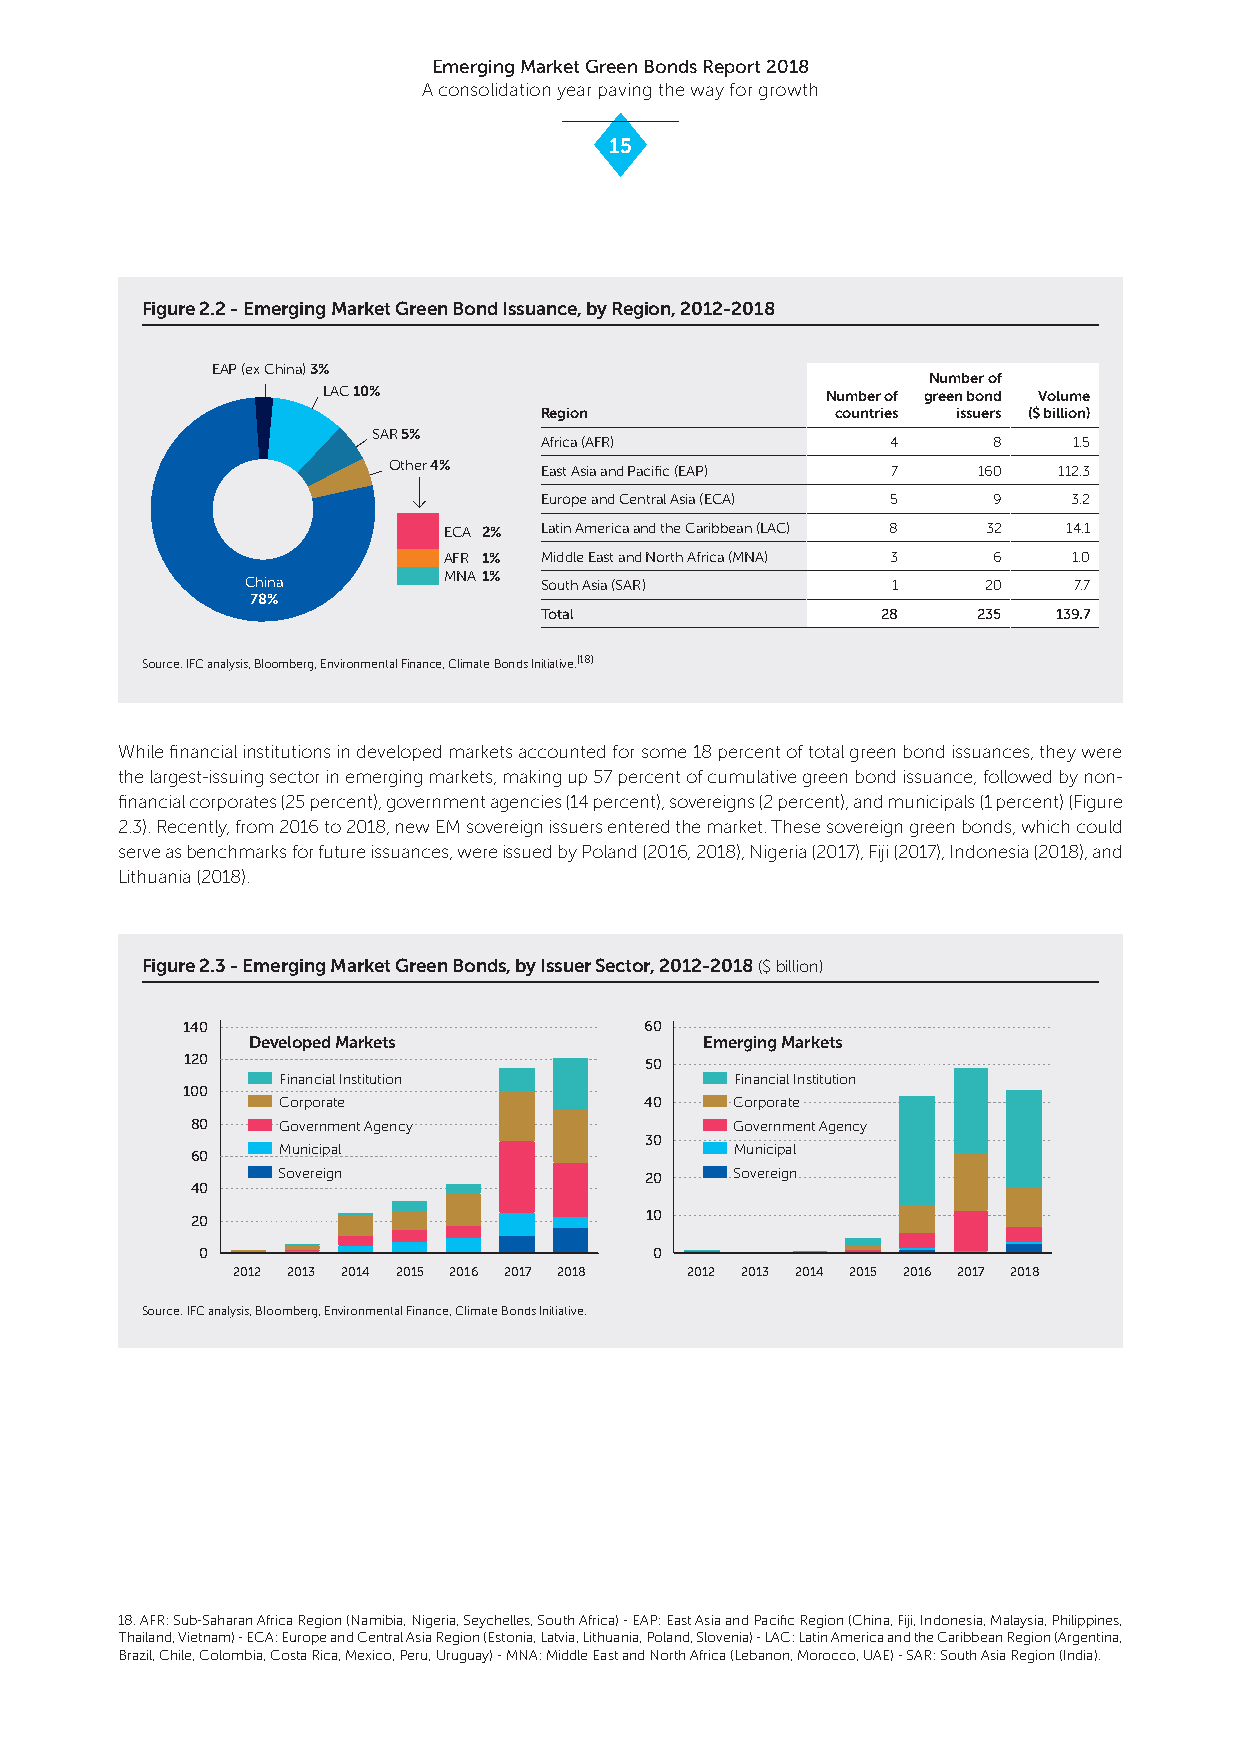
Emerging Market Green Bonds Report 2018
 A consolidation year paving the way for growth
 15
 Figure 2.2 - Emerging Market Green Bond Issuance, by Region, 2012-2018
 EAP (ex China) 3%
 Number of
 LAC 10%                           Number of green bond Volume
 Region             countries issuers ($ billion)
 SAR 5%
 Africa (AFR)           4      8    1.5
 Other 4%  East Asia and Pacific (EAP) 7 160 112.3
 Europe and Central Asia (ECA) 5 9  3.2
 ECA 2% Latin America and the Caribbean (LAC) 8 32 14.1
 AFR 1% Middle East and North Africa (MNA) 3 6 1.0
 China        MNA 1% South Asia (SAR)       1     20    7.7
 78%
 Total                 28     235  139.7
 Source: IFC analysis, Bloomberg, Environmental Finance, Climate Bonds Initiative.(18)
 While financial institutions in developed markets accounted for some 18 percent of total green bond issuances, they were
 the largest-issuing sector in emerging markets, making up 57 percent of cumulative green bond issuance, followed by non-
 financial corporates (25 percent), government agencies (14 percent), sovereigns (2 percent), and municipals (1 percent) (Figure
 2.3). Recently, from 2016 to 2018, new EM sovereign issuers entered the market. These sovereign green bonds, which could
 serve as benchmarks for future issuances, were issued by Poland (2016, 2018), Nigeria (2017), Fiji (2017), Indonesia (2018), and
 Lithuania (2018).
 Figure 2.3 - Emerging Market Green Bonds, by Issuer Sector, 2012-2018 ($ billion)
 140                            60
 Developed Markets              Emerging Markets
 120                            50
 Financial Institution          Financial Institution
 100
 Corporate                40    Corporate
 80   Government Agency              Government Agency
 30
 Municipal                      Municipal
 60
 Sovereign                20    Sovereign
 40
 20                            10
 0                             0
 2012 2013 2014 2015 2016 2017 2018 2012 2013 2014 2015 2016 2017 2018
 Source: IFC analysis, Bloomberg, Environmental Finance, Climate Bonds Initiative.
 18. AFR: Sub-Saharan Africa Region (Namibia, Nigeria, Seychelles, South Africa) - EAP: East Asia and Pacific Region (China, Fiji, Indonesia, Malaysia, Philippines,
 Thailand, Vietnam) - ECA: Europe and Central Asia Region (Estonia, Latvia, Lithuania, Poland, Slovenia) - LAC: Latin America and the Caribbean Region (Argentina,
 Brazil, Chile, Colombia, Costa Rica, Mexico, Peru, Uruguay) - MNA: Middle East and North Africa (Lebanon, Morocco, UAE) - SAR: South Asia Region (India).